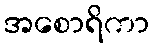
အစောရိကာ